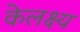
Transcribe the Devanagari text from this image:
केलक्ष्य